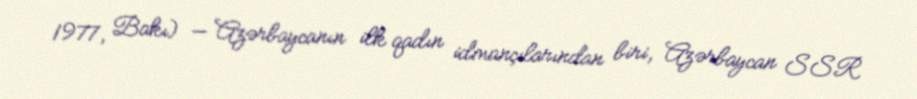
1977, Bakı) — Azərbaycanın ilk qadın idmançılarından biri, Azərbaycan SSR